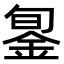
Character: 銞